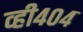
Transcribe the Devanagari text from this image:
व्ही४०४